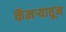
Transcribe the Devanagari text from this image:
कॅमऱ्यातून